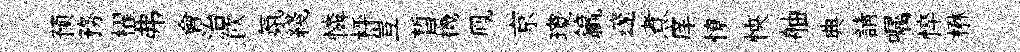
预務櫂弗會治飮氛綫憐枰豈晳機鳯京瓊籯邃煮庠憭怏舳典請嘱悴楙